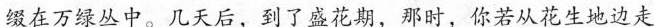
缀在万绿丛中。几天后，到了盛花期，那时，你若从花生地边走